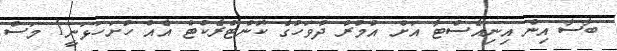
ބާސާ އިން އިނިއެސްޓާ އަށް އުމުރު ދުވަހުގެ ކޮންޓްރެކްޓް އެއް ހުށަހަޅަނީ1 މަސް